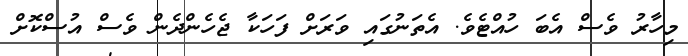
މިހާރު ވެސް އެބަ ހުއްޓެވެ. އެތަނުގައި ވަރަށް ފަހަކާ ޖެހެންދެން ވެސް އުސްކޮށް